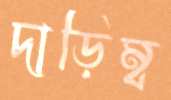
দাড়িম্ব